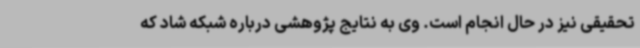
تحقیقی نیز در حال انجام است. وی به نتایج پژوهشی درباره شبکه شاد که